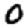
Digit: 0